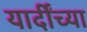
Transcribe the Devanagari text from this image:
यार्दींच्या